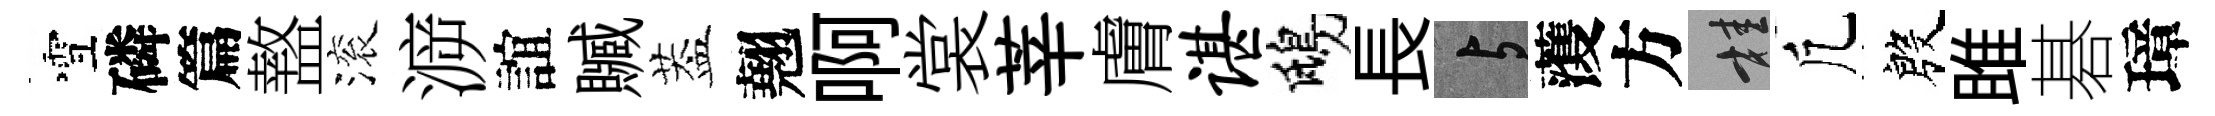
雪磷篇盩滚㴑誼贓葢翹啊裳莘膚谌鴟長与𮑮方桂凢殷雎碁璋